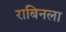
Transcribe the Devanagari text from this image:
राबिनला